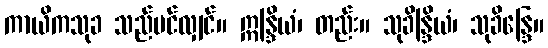
ကာယိကသုခ သည်ပင်လျှင်။ ဣန္ဒြိယံ၊ တည်း။ သုခိန္ဒြိယံ၊ သုခိန္ဒြေ။